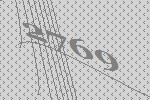
2769